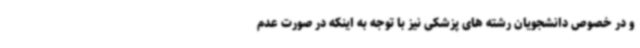
و در خصوص دانشجویان رشته های پزشکی نیز با توجه به اینکه در صورت عدم